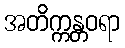
အတိက္ကန္တဝရာ